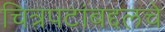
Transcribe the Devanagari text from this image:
चित्रपटांबद्दलचे